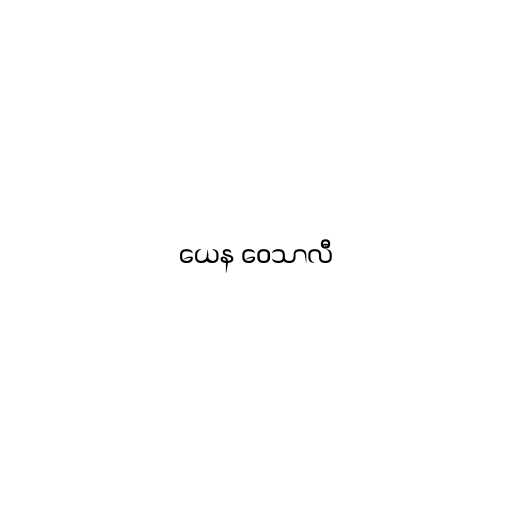
ယေန ဝေသာလီ